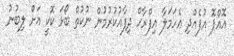
އޮއްޕޮ އުފެއްދި އެހަމަލާ އިފްރާހް ދިފާއުކުރުމުން ނުކުތް ބޯޅަ ކޮކީ އަށް ލިބުނު